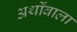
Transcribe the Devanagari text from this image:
अर्थोंवाला